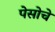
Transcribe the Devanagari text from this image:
पेसोचे